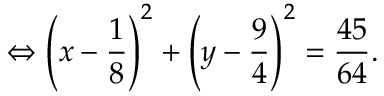
\Leftrightarrow \left( x - { \frac { 1 } { 8 } } \right) ^ { 2 } + \left( y - { \frac { 9 } { 4 } } \right) ^ { 2 } = { \frac { 4 5 } { 6 4 } } .